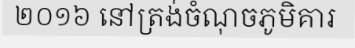
២០១៦ នៅត្រង់ចំណុចភូមិគារ